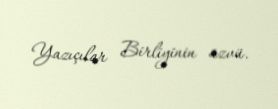
Yazıçılar Birliyinin üzvü.